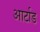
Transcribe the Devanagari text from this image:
आर्टाड